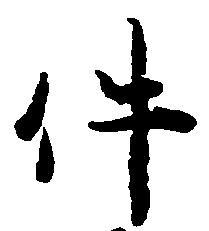
件